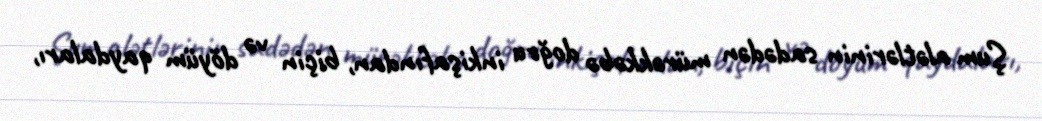
Şum alətlərinin sadədən mürəkkəbə doğru inkişafından, biçin və döyüm qaydaları,